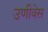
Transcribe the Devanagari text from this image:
उणीवेस